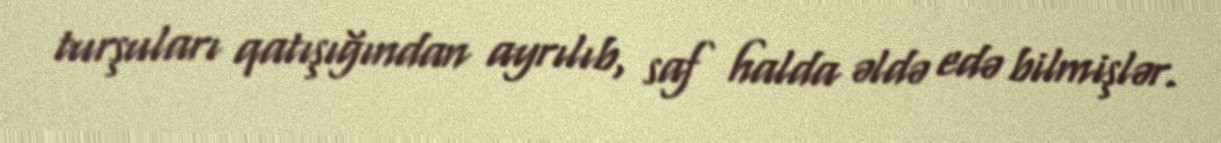
turşuları qatışığından ayrılıb, saf halda əldə edə bilmişlər.